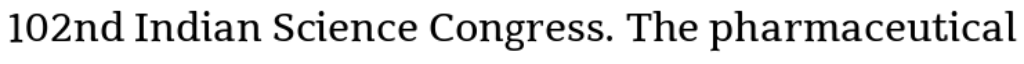
102nd Indian Science Congress. The pharmaceutical